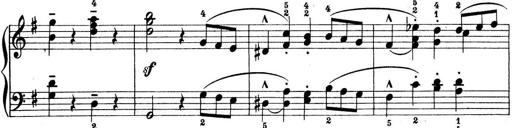
Title: Preis-Sonatine
Composer: Ernst James Bremner